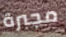
مجبرة